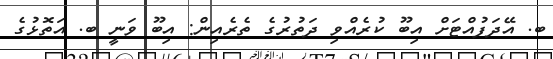
ބ. އޭދަފުއްޓަށް އިބޫ ކުރެއްވި ދަތުރުގެ ތެރެއިން: އިބޫ ވަނީ ބ. އަތޮޅުގެ